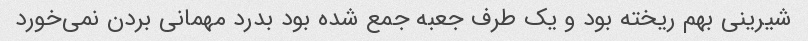
شیرینی بهم ریخته بود و یک طرف جعبه جمع شده بود بدرد مهمانی بردن نمی‌خورد